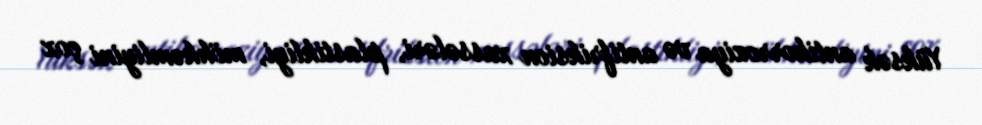
Yüksək antikorroziya və antifriksion xassələri, plastikliyi, möhkəmliyini çox